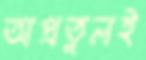
অপ্রতুলই